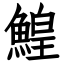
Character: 鰉